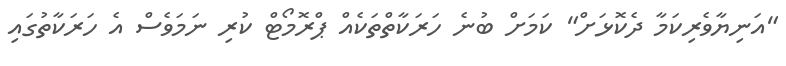
"އަނިޔާވެރިކަމާ ދެކޮޅަށް" ކަމަށް ބުނެ ހަރަކާތްތަކެއް ޕްރޮމޯޓް ކުރި ނަމަވެސް އެ ހަރަކާތުގައި